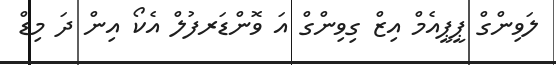
ލަވިންގް ޕީޕީއެމް އިޒް ގިވިންގް އަ ވޮންޑަރފުލް އެކޯ އިން ދަ މިޑް